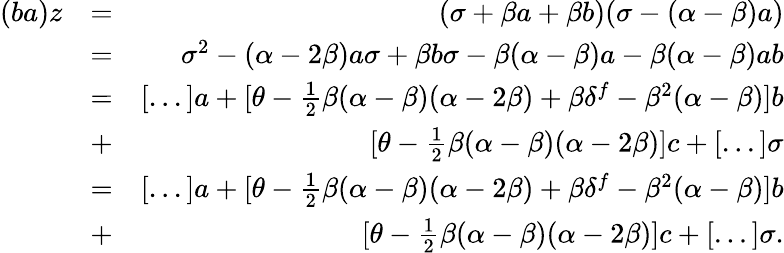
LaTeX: \begin{array}{rlr}{(ba)z}&{=}&{(\sigma+\beta a+\beta b)(\sigma-(\alpha-\beta)a)}\\ &{=}&{\sigma^{2}-(\alpha-2\beta)a\sigma+\beta b\sigma-\beta(\alpha-\beta)a-\beta(\alpha-\beta)ab}\\ &{=}&{[...]a+[\theta-\frac{1}{2}\beta(\alpha-\beta)(\alpha-2\beta)+\beta\delta^{f}-\beta^{2}(\alpha-\beta)]b}\\ &{+}&{[\theta-\frac{1}{2}\beta(\alpha-\beta)(\alpha-2\beta)]c+[...]\sigma}\\ &{=}&{[...]a+[\theta-\frac{1}{2}\beta(\alpha-\beta)(\alpha-2\beta)+\beta\delta^{f}-\beta^{2}(\alpha-\beta)]b}\\ &{+}&{[\theta-\frac{1}{2}\beta(\alpha-\beta)(\alpha-2\beta)]c+[...]\sigma.}\end{array}